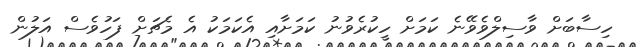
ހިސާބަށް ވާސިލްވެވޭނެ ކަމަށް ހީކުރެވުނު ކަމަށާއި އެކަމަކު އެ މެޗަށް ފަހުވެސް އަލުން